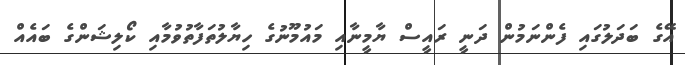
އޭގެ ބަދަލުގައި ފެންނަމުން ދަނީ ރައީސް ޔާމީނާއި މައުމޫނުގެ ހިޔާލުތަފާތުވުމާއި ކޯލިޝަންގެ ބައެއް